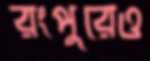
রংপুরেও